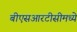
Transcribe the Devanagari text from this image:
बीएसआरटीसीमध्ये